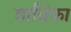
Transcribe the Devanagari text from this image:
वाव्रिंका